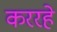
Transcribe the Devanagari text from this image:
कररहे